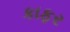
કાફર